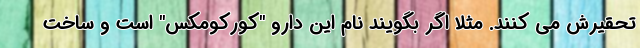
تحقیرش می کنند. مثلاً اگر بگویند نام این دارو "کورکومکس" است و ساخت